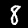
Digit: 8